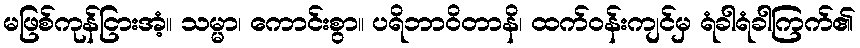
မဖြစ်ကုန်ငြားအံ့။ သမ္မာ၊ ကောင်းစွာ။ ပရိဘာဝိတာနိ၊ ထက်ဝန်းကျင်မှ ရံခါရံခါကြက်၏